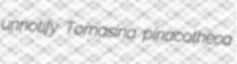
unnotify Tomasina pinacotheca